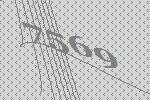
7569